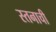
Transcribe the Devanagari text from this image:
स्तनाची